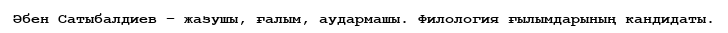
Әбен Сатыбалдиев – жазушы, ғалым, аудармашы. Филология ғылымдарының кандидаты.